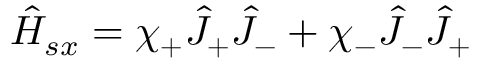
\hat { H } _ { s x } = \chi _ { + } \hat { J } _ { + } \hat { J } _ { - } + \chi _ { - } \hat { J } _ { - } \hat { J } _ { + }